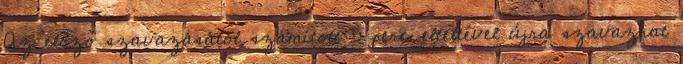
Az előző szavazásától számított 5 perc elteltével újra szavazhat